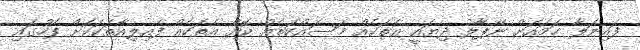
ފައިނަލާ ހަމައަށް ނޭޕާލު ދިޔައީ އެތަކެއް މަސައްކަތެއް ކޮށް އެތަކެއް ފެއިލިއާތަކަކަށް ފަހުގައި